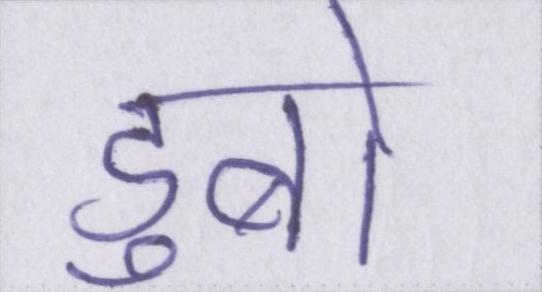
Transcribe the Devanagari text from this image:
डुबो